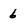
Character: 6